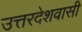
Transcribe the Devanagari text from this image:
उत्तरदेशवासी